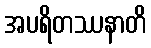
အပရိတဿနာတိ